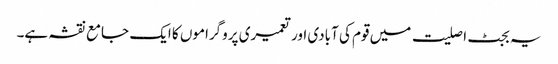
یہ بجٹ اصلیت میں قوم کی آبادی اور تعمیری پروگراموں کا ایک جامع نقشہ ہے۔